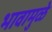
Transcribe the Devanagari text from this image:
भावामुळे